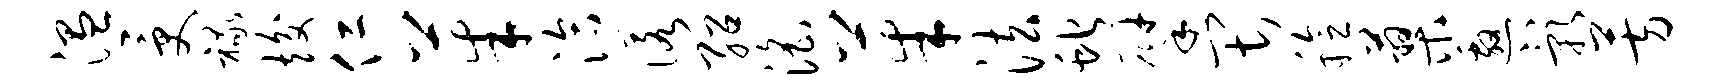
温受禄竣仁茱洽诺绍淫茱法蛇擘畏稔蓼邀影芳